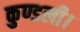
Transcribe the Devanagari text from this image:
कुण्डली।